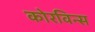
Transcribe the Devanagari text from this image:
कोरविन्स